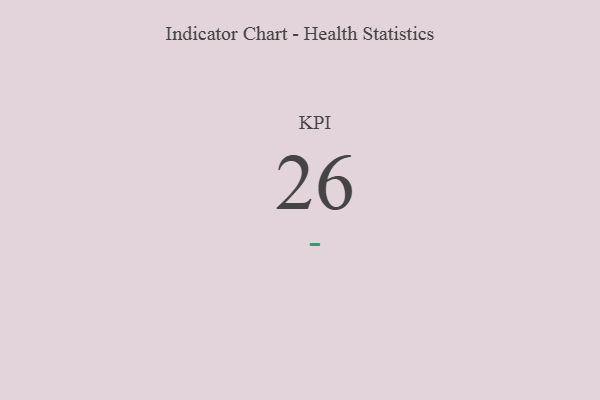
{"axis": {"x": "KPI", "y": "Value"}, "legend": [""], "data": [{"x": "KPI", "y": 26, "type": ""}]}